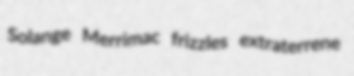
Solange Merrimac frizzles extraterrene